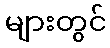
များတွင်